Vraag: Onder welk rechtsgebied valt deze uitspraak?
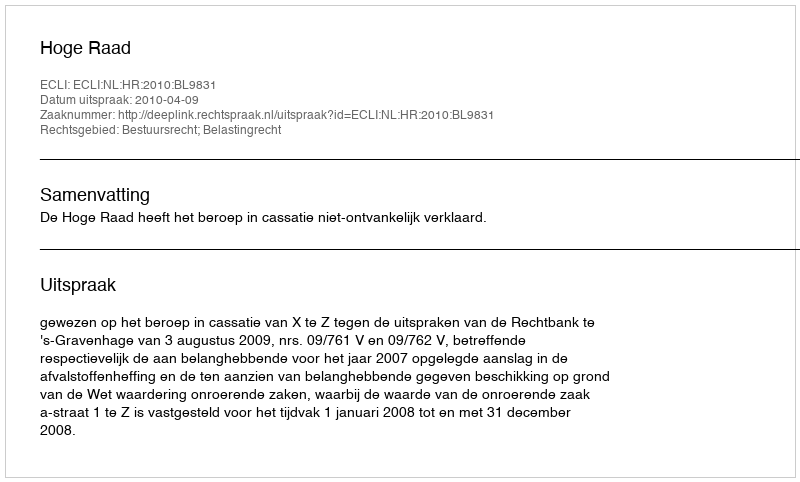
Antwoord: Bestuursrecht; Belastingrecht